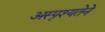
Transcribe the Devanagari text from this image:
अस्पृश्यतेने